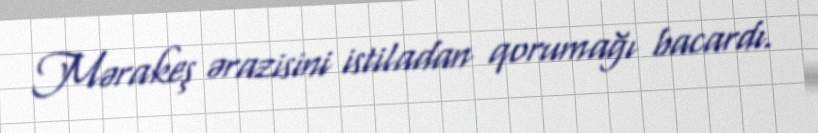
Mərakeş ərazisini istiladan qorumağı bacardı.